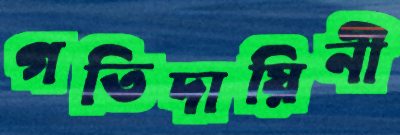
গতিদায়িনী